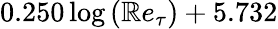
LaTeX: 0.250\log{\left(\mathbb{R}e_{\tau}\right)}+5.732